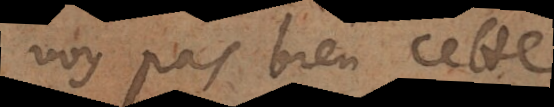
voy pas bien cette